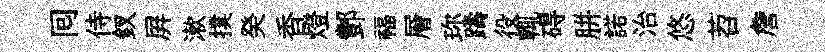
囘侍釵屛漱撲癸香燈酆福層珎躊役輒碍胼諾治悠苕詹